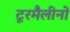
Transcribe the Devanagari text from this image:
टूरमैलीनों